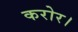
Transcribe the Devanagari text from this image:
करोर।